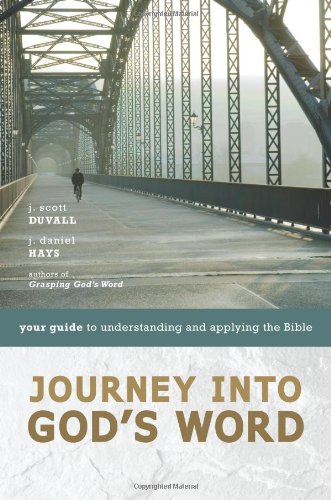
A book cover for Journey into God's Word: Your Guide to Understanding and Applying the Bible; J. Scott Duvall; Christian Books & Bibles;